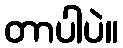
တာပါပဲ။